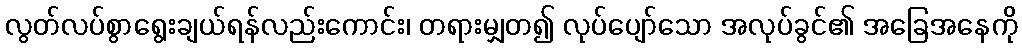
လွတ်လပ်စွာရွေးချယ်ရန်လည်းကောင်း၊ တရားမျှတ၍ လုပ်ပျော်သော အလုပ်ခွင်၏ အခြေအနေကို